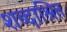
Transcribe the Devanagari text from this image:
शब्दाश्रित